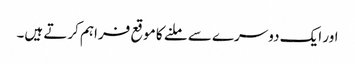
اور ایک دوسرے سے ملنے کا موقع فراہم کرتے ہیں۔